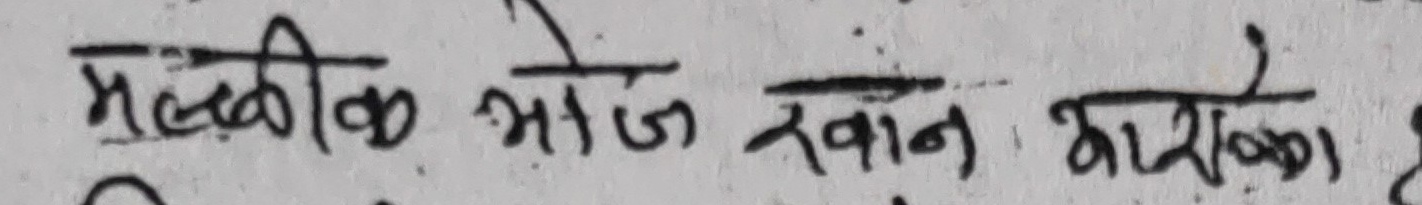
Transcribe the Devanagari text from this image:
मल्लकी भोज खवासको